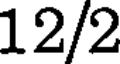
12/2